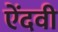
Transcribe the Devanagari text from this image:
ऐंदवी